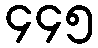
၄၄၅